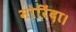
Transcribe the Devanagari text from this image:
मोरिंदा।